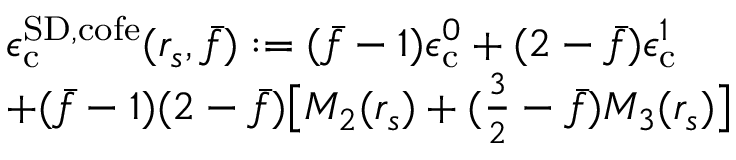
\begin{array} { r l } & { \epsilon _ { \mathrm { c } } ^ { { \mathrm { S D } } , \mathrm { c o f e } } ( r _ { s } , \bar { f } ) : = ( \bar { f } - 1 ) \epsilon _ { \mathrm { c } } ^ { 0 } + ( 2 - \bar { f } ) \epsilon _ { \mathrm { c } } ^ { 1 } } \\ & { + ( \bar { f } - 1 ) ( 2 - \bar { f } ) \big [ M _ { 2 } ( r _ { s } ) + ( \frac 3 2 - \bar { f } ) M _ { 3 } ( r _ { s } ) \big ] } \end{array}